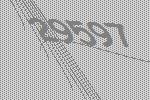
29597